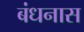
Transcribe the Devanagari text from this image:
बंधनास